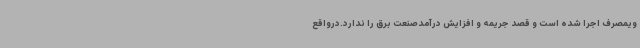
ویمصرف اجرا شده است و قصد جریمه و افزایش درآمدصنعت برق را ندارد.درواقع